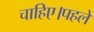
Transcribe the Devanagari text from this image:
चाहिए।पहले